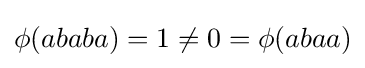
\phi (ababa)=1\neq 0=\phi (abaa)